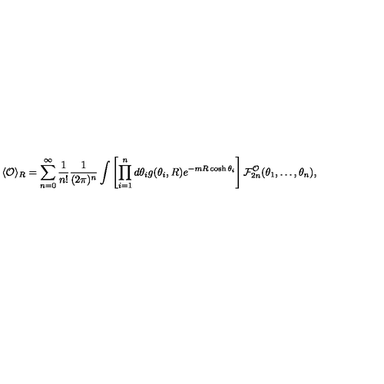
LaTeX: \langle { \cal O } \rangle _ { R } = \sum _ { n = 0 } ^ { \infty } \frac { 1 } { n ! } \frac { 1 } { ( 2 \pi ) ^ { n } } \int \left[ \prod _ { i = 1 } ^ { n } d \theta _ { i } g ( \theta _ { i } , R ) e ^ { - m R \cosh \theta _ { i } } \right] { \cal F } _ { 2 n } ^ { \cal O } ( \theta _ { 1 } , \ldots , \theta _ { n } ) ,